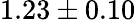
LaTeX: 1.23\pm 0.10